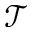
\mathcal { T }